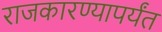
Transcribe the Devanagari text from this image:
राजकारण्यापर्यंत